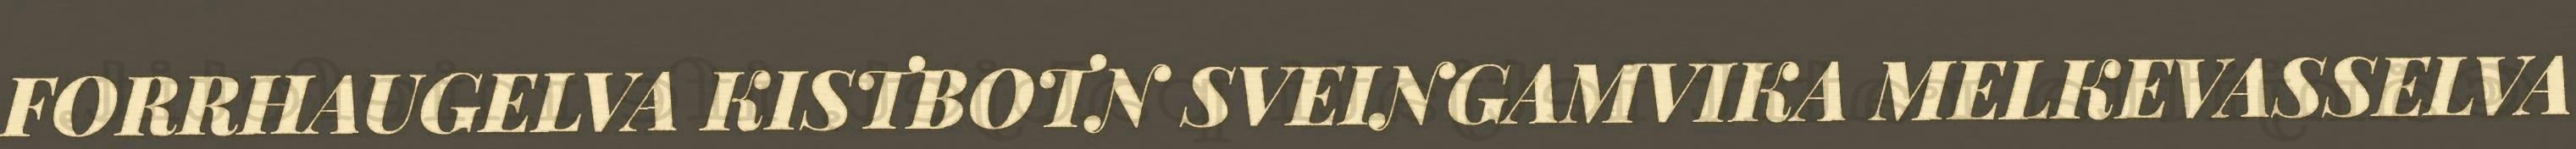
FORRHAUGELVA KISTBOTN SVEINGAMVIKA MELKEVASSELVA